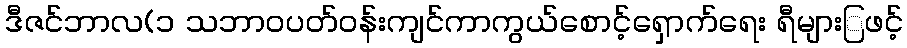
ဒီဇင်ဘာလ(၁ သဘာဝပတ်ဝန်းကျင်ကာကွယ်စောင့်ရှောက်ရေး ရီများြဖင့်